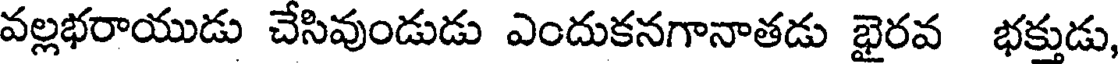
వల్లభరాయుడు చేసివుండుడు ఎందుకనగానాతడు భైరవ భక్తుడు,